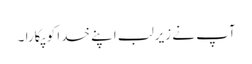
آپ نے زیرلب اپنے خدا کو پکارا ۔